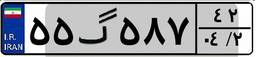
۳۳گ۵۲۰۲۱